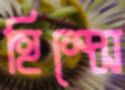
হিস্‌সে